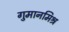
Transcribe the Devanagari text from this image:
गुमानमिश्र